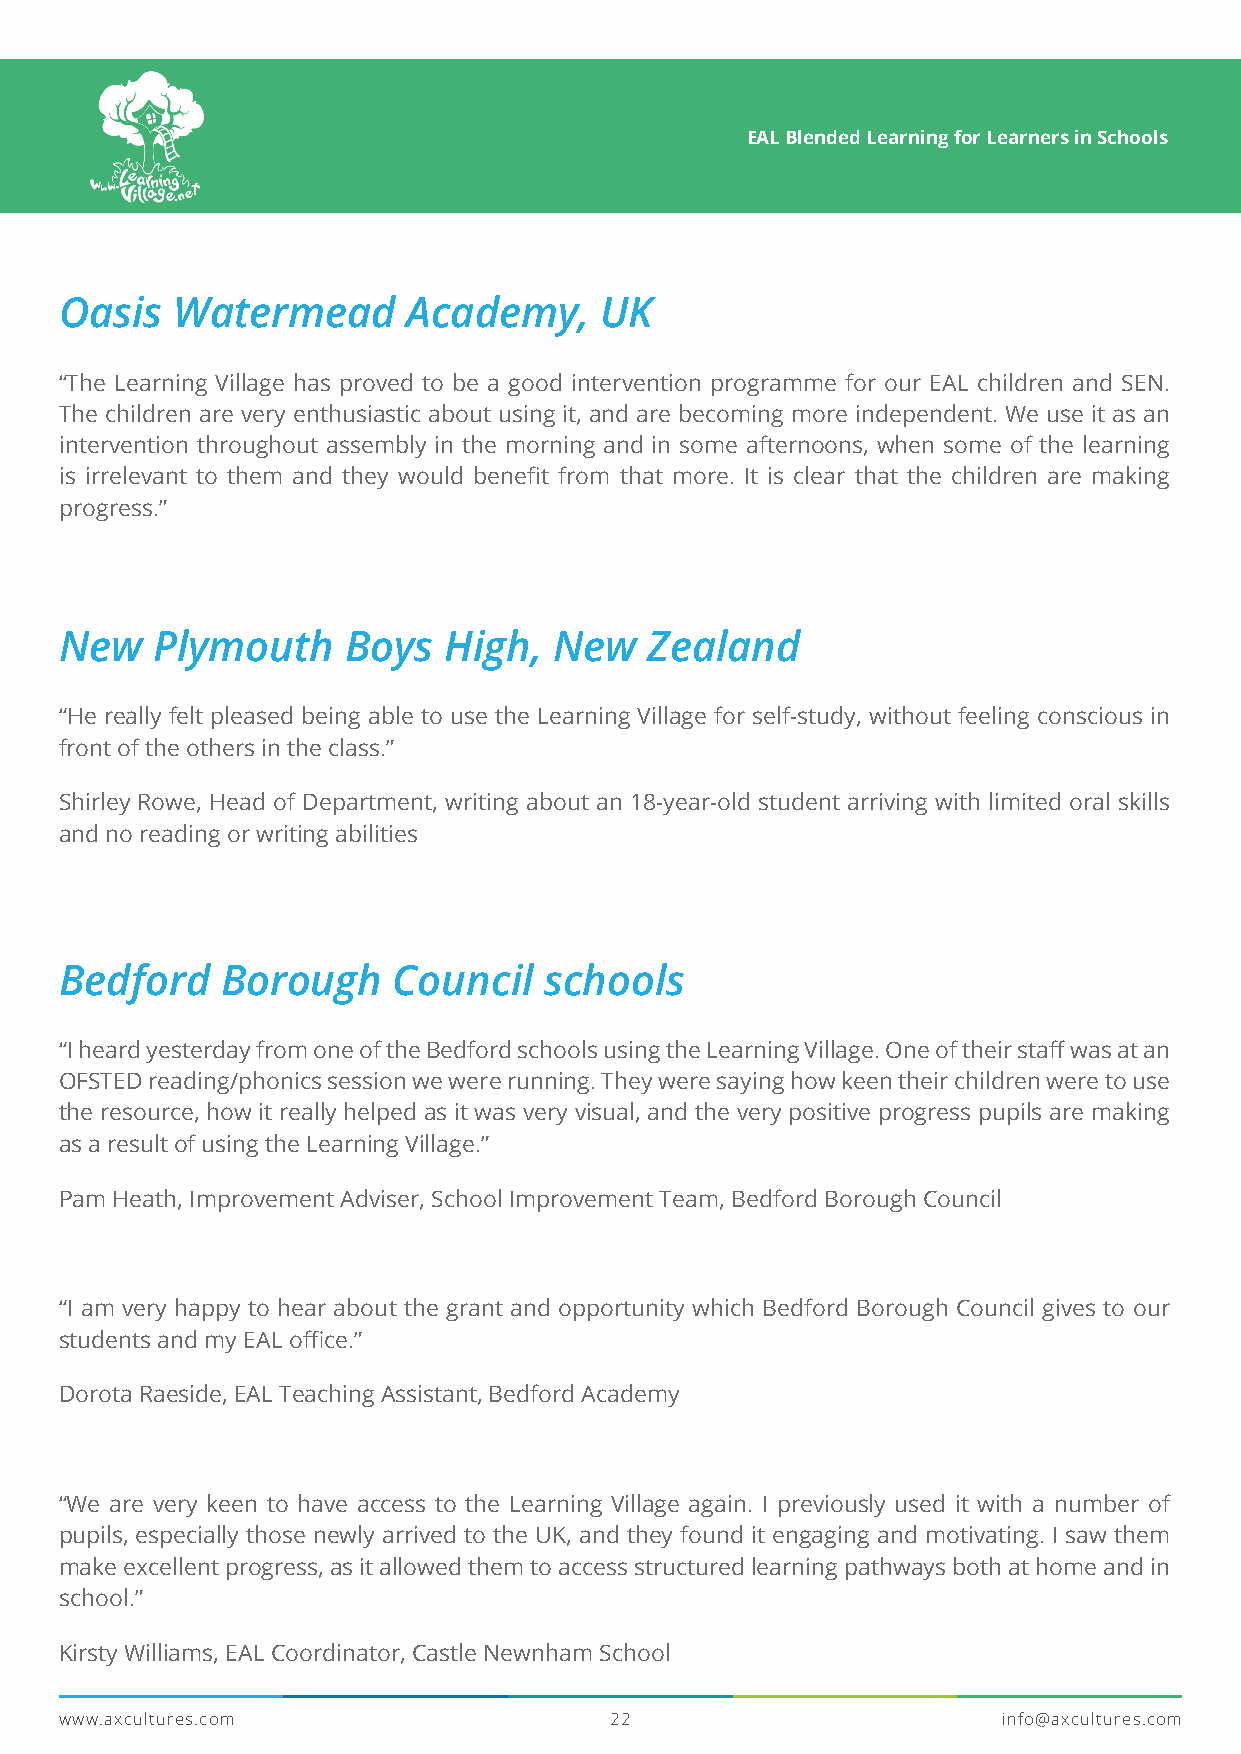
EAL Blended Learning for Learners in Schools
 Oasis  Watermead       Academy,     UK
 “The Learning Village has proved to be a good intervention programme for our EAL children and SEN.
 The children are very enthusiastic about using it, and are becoming more independent. We use it as an
 intervention throughout assembly in the morning and in some afternoons, when some of the learning
 is irrelevant to them and they would benefit from that more. It is clear that the children are making
 progress.”
 New   Plymouth     Boys  High,   New   Zealand
 “He really felt pleased being able to use the Learning Village for self-study, without feeling conscious in
 front of the others in the class.”
 Shirley Rowe, Head of Department, writing about an 18-year-old student arriving with limited oral skills
 and no reading or writing abilities
 Bedford    Borough    Council   schools
 “I heard yesterday from one of the Bedford schools using the Learning Village. One of their staff was at an
 OFSTED reading/phonics session we were running. They were saying how keen their children were to use
 the resource, how it really helped as it was very visual, and the very positive progress pupils are making
 as a result of using the Learning Village.”
 Pam Heath, Improvement Adviser, School Improvement Team, Bedford Borough Council
 “I am very happy to hear about the grant and opportunity which Bedford Borough Council gives to our
 students and my EAL office.”
 Dorota Raeside, EAL Teaching Assistant, Bedford Academy
 “We are very keen to have access to the Learning Village again. I previously used it with a number of
 pupils, especially those newly arrived to the UK, and they found it engaging and motivating. I saw them
 make excellent progress, as it allowed them to access structured learning pathways both at home and in
 school.”
 Kirsty Williams, EAL Coordinator, Castle Newnham School
 www.axcultures.com                  22                        info@axcultures.com